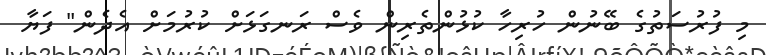
މި ފުރުސަތުގެ ބޭނުން ހުރިހާ ކުޅުންތެރިން ވެސް ރަނގަޅަށް ކުރުމަށް އެދެން" ފަޔާ